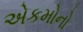
એકમોનો